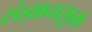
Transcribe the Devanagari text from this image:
संज्ञानसूक्त